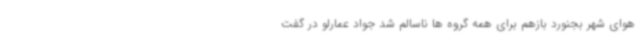
هوای شهر بجنورد بازهم برای همه گروه ها ناسالم شد جواد عمارلو در گفت